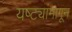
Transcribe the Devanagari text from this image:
यष्ट्यांमागून